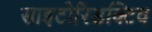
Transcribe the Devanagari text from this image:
साइटोरिडक्टिव